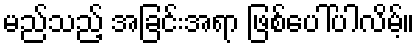
မည်သည့် အခြင်းအရာ ဖြစ်ပေါ်ပါလိမ့်။